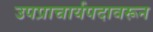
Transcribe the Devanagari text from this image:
उपप्राचार्यपदावरून